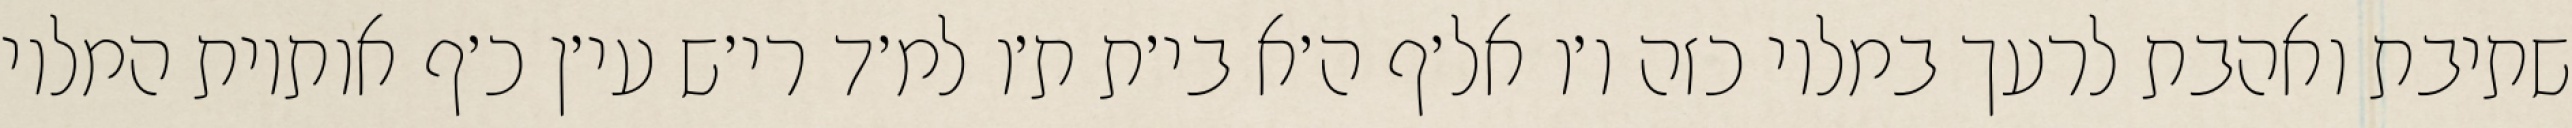
שתיבת ואהבת לרעך במלוי כזה ו׳ו אל׳ף ה׳א בי׳ת ת׳ו למ׳ד רי׳ש עי׳ן כ׳ף אותיות המלוי